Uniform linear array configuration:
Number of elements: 16
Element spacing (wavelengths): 0.25
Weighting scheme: cosine
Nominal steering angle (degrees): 60
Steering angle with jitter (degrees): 58.436
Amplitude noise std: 0.05
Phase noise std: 0.05

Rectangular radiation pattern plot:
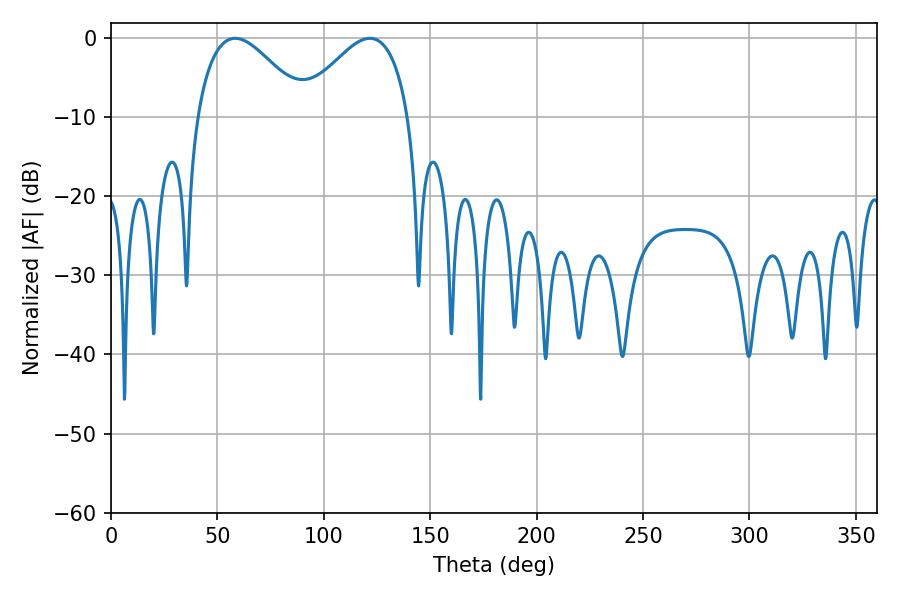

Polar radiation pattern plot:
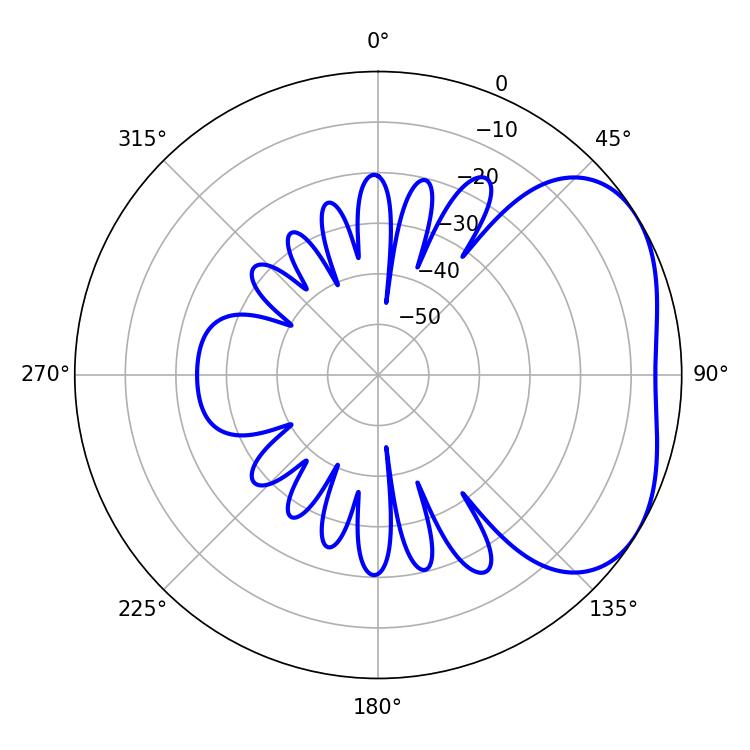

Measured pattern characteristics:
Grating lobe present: FALSE
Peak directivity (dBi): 3.418
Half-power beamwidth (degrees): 27.9
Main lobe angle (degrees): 58.32